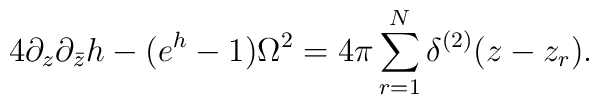
4\partial_{z}\partial_{\bar{z}}h-(e^{h}-1)\Omega^{2}=4\pi\sum_{r=1}^{N}\delta^{(2)}(z-z_{r}).